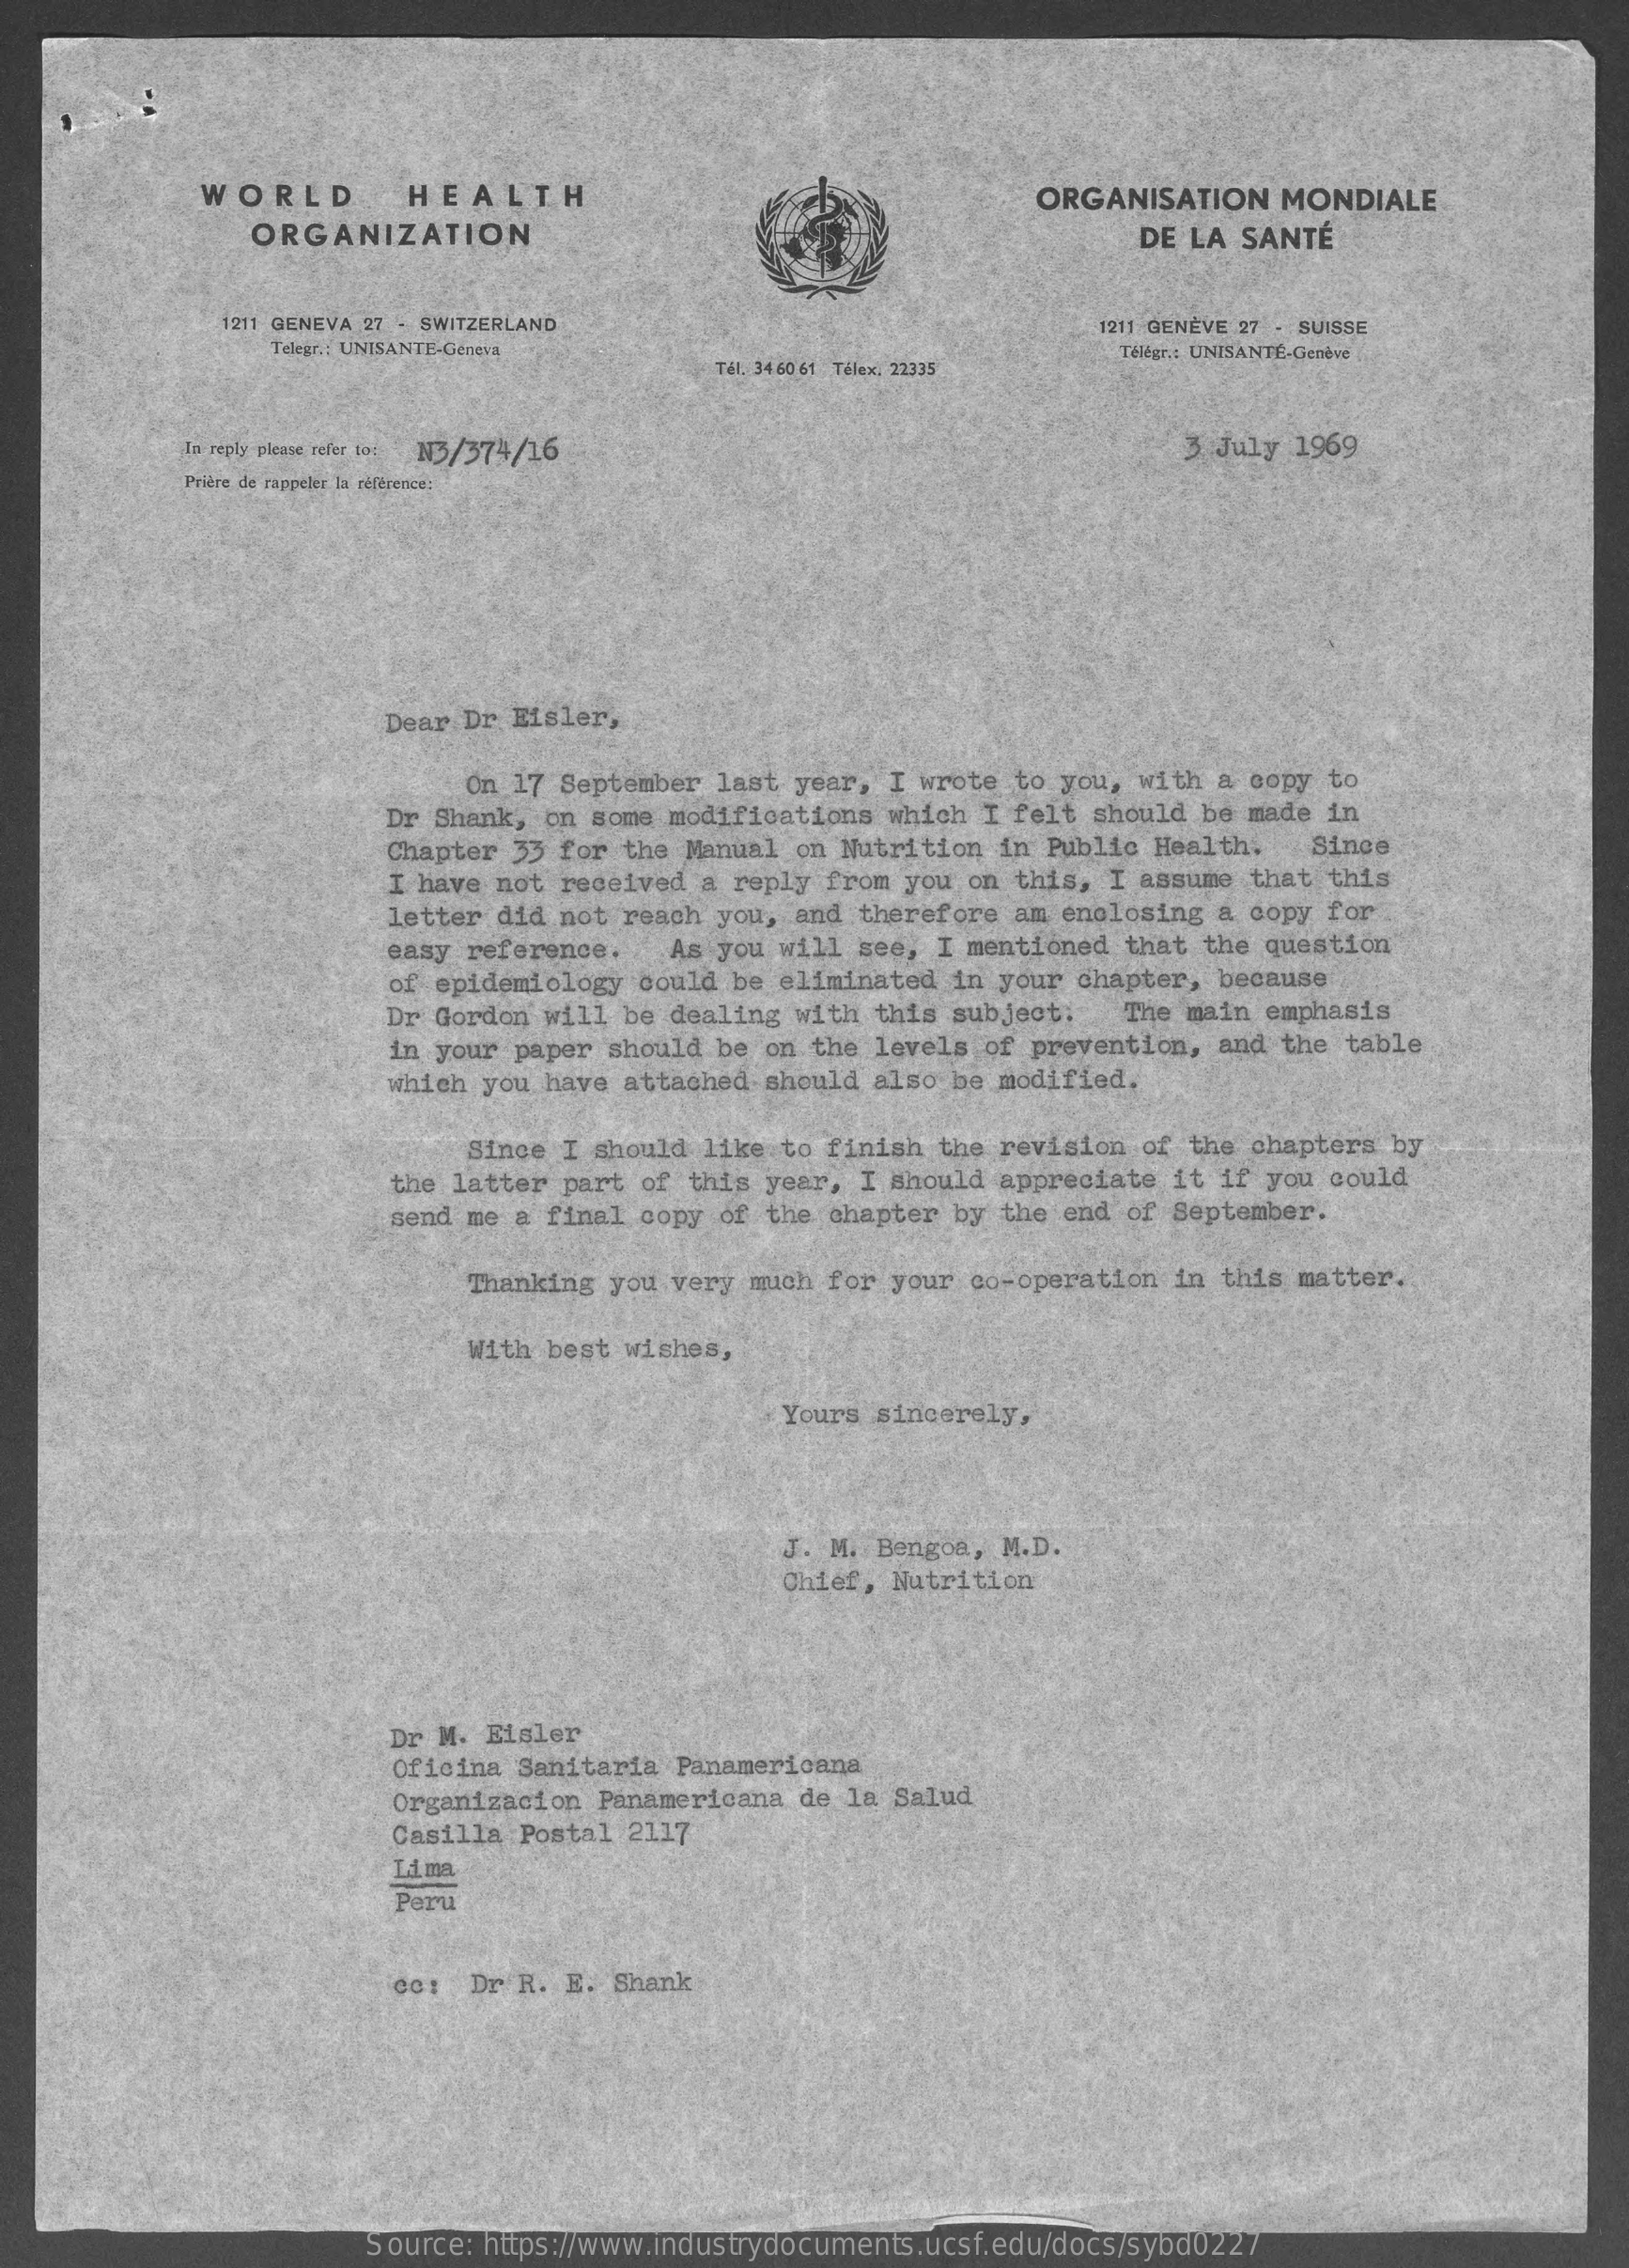
WORLD    HEALTH
     ORGANIZATION
     ORGANISATION    MONDIALE
     DE LA  SANTÉ
     1211 GENEVA 27 - SWITZERLAND
     Telegr .: UNISANTE-Geneva
     1211 GENÈVE 27 - SUISSE
     Tél, 34 60 61 Télex. 22335
     Télégr .: UNISANTÉ-Genève
     In reply please refer to: N3/374/16    3 July  1969
     Prière de rappeler la référence;
     Dear Dr Eisler,
     On 17 September last  year, I wrote to you, with a  copy to
     Dr Shank, on some modifications  which I felt should be made  in
     Chapter 33 for the Manual  on Nutrition in Public Health.    Since
     I have not received a reply  from you on this, I assume  that this
     letter did not reach you,  and therefore am enclosing a  copy for
     easy reference.   As you will  see, I mentioned that  the question
     of epidemiology could  be eliminated in your chapter, because
     Dr Gordon will be dealing  with this subject.   The main  emphasis
     in your paper should be  on the levels of prevention, and  the table
     which you have attached should  also be modified.
     Since I should  like to finish the revision  of the chapters by
     the latter part of  this year, I should appreciate it  if you could
     send me a final copy  of the chapter by the end  of September.
     Thanking you very much  for your co-operation  in this matter.
     With best wishes,
     Yours sincerely,
     J. M. Bengoa, M.D.
     Chief, Nutrition
     Dr M. Eisler
     Oficina Sanitaria  Panamericana
     Organizacion  Panamericana de la Salud
     Casilla Postal  2117
     LA ma
     Peru
     cc:  Dr R. E.  Shank
     Source: https://www.industrydocuments.ucsf.edu/docs/sybd0227